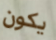
يكون